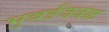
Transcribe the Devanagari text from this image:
भुवईजवळ